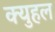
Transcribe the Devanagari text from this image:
क्युहल